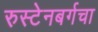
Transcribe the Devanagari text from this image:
रुस्टेनबर्गचा